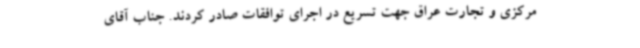
مرکزی و تجارت عراق جهت تسریع در اجرای توافقات صادر کردند. جناب آقای